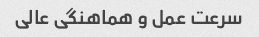
سرعت عمل و هماهنگی عالی